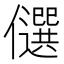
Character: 𠐯